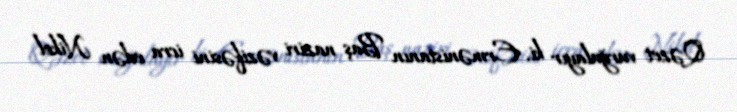
Qəzet vurğulayır ki, Ermənistanın Baş naziri vəzifəsini icra edən Nikol